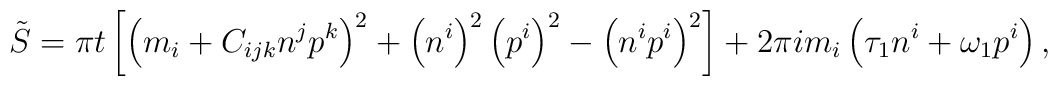
\tilde S=\pi t \left[ \left(m_i+ C_{ijk} n^j p^k\right)^2 +\left(n^i \right)^2 \left(p^i\right)^2 -\left(n^i p^i\right)^2\right] + 2\pi i m_i \left(\tau_1  n^i+\omega_1 p^i\right) ,